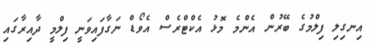
އިނގިލި ފިލްމުގެ ބޭރުން އެންމެ މޮޅު އެކްޓްރެސް އެވޯޑް ނަގާފައިވަނީ ފިލްމީ ދާއިރާގައި